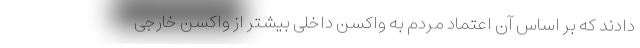
دادند که بر اساس آن اعتماد مردم به واکسن داخلی بیشتر از واکسن خارجی